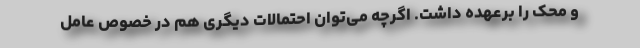
و محک را برعهده داشت. اگرچه می‌توان احتمالات دیگری هم در خصوص عامل